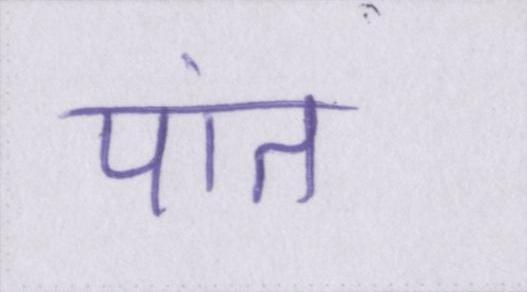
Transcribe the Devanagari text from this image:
पांत